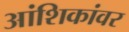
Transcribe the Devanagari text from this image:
आंशिकांवर